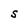
Character: S